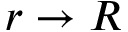
r \to R